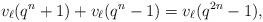
LaTeX: \begin{align*} v_\ell(q^n + 1) + v_\ell(q^n - 1) = v_\ell(q^{2n} - 1),\end{align*}